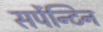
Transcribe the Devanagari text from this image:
सर्पेन्टिन